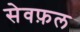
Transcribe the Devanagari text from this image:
सेवफ़ल